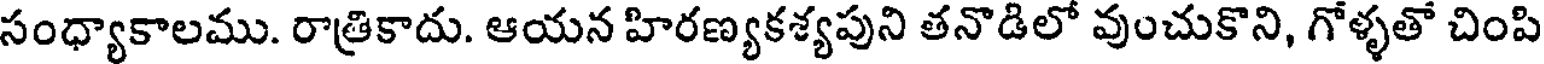
సంధ్యాకాలము. రాత్రికాదు. ఆయన హిరణ్యకశ్యపుని తనొడిలో వుంచుకొని, గోళ్ళతో చింపి